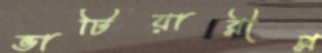
ভাটিয়ারীপ্ল